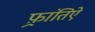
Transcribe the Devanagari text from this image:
फ़्रांतिऐ